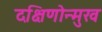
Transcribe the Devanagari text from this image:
दक्षिणोन्मुख